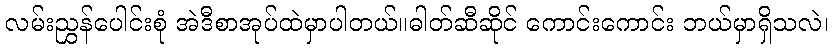
လမ်းညွှန်ပေါင်းစုံ အဲဒီစာအုပ်ထဲမှာပါတယ်။ဓါတ်ဆီဆိုင် ကောင်းကောင်း ဘယ်မှာရှိသလဲ၊